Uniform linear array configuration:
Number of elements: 12
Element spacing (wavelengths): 0.75
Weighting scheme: blackman
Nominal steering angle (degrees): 0
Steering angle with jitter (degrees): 1.889
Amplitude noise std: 0.05
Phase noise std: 0.05

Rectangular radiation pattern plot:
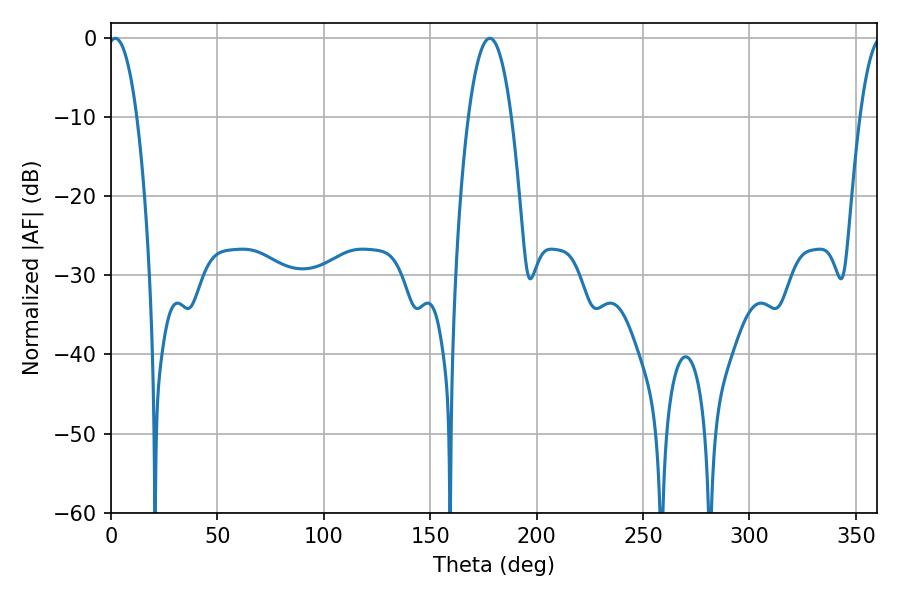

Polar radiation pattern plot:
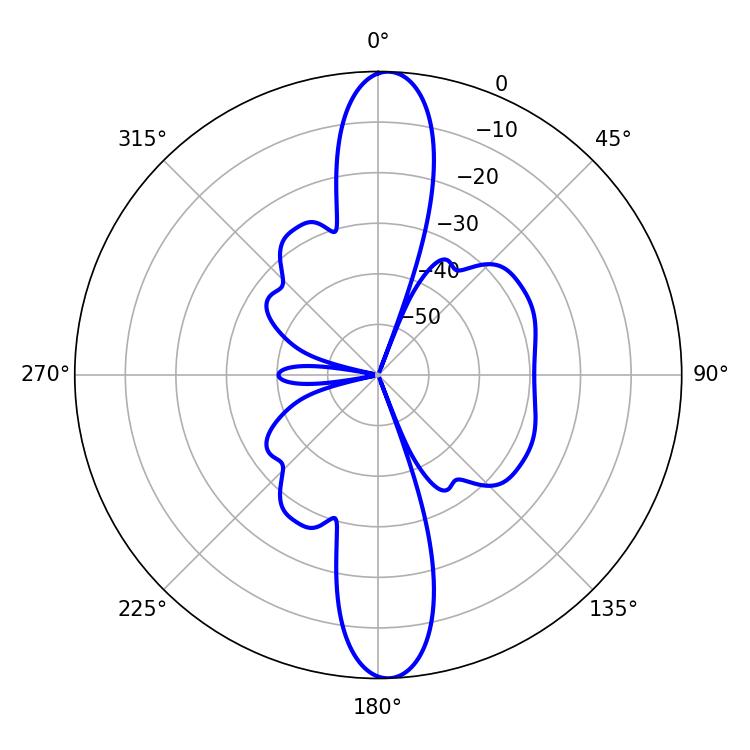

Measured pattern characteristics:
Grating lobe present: TRUE
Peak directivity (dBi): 20.923
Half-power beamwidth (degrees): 7.56
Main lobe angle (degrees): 1.98